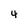
Character: 4